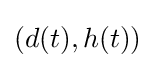
(d(t),h(t))